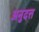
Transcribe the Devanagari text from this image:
अनुदत्त